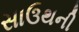
સાઉથની